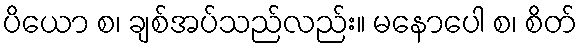
ပိယော စ၊ ချစ်အပ်သည်လည်း။ မနောပေါ စ၊ စိတ်